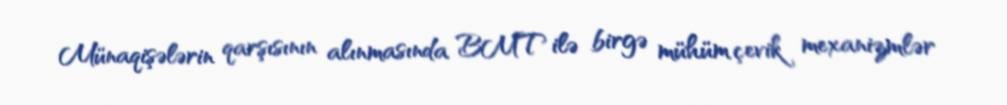
Münaqişələrin qarşısının alınmasında BMT ilə birgə mühüm çevik mexanizmlər